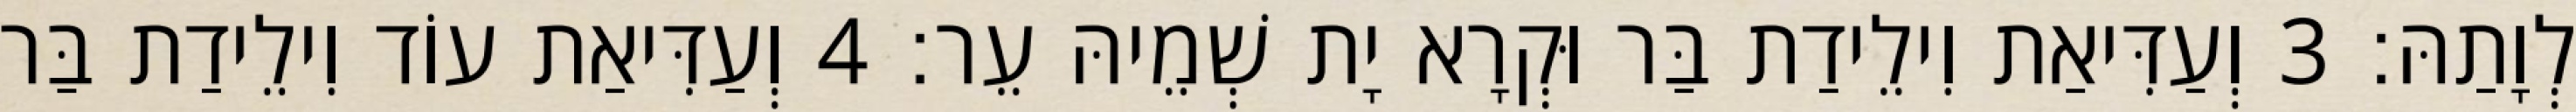
לְוָתַהּ׃ 3 וְעַדִּיאַת וִילֵידַת בַּר וּקְרָא יָת שְׁמֵיהּ עֵר׃ 4 וְעַדִּיאַת עוֹד וִילֵידַת בַּר